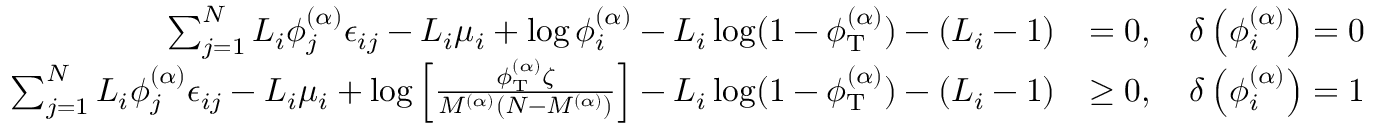
\begin{array} { r l } { \sum _ { j = 1 } ^ { N } L _ { i } \phi _ { j } ^ { ( \alpha ) } \epsilon _ { i j } - L _ { i } \mu _ { i } + \log \phi _ { i } ^ { ( \alpha ) } - L _ { i } \log ( 1 - \phi _ { \mathrm { T } } ^ { ( \alpha ) } ) - ( L _ { i } - 1 ) } & { = 0 , \quad \delta \left( \phi _ { i } ^ { ( \alpha ) } \right) = 0 } \\ { \sum _ { j = 1 } ^ { N } L _ { i } \phi _ { j } ^ { ( \alpha ) } \epsilon _ { i j } - L _ { i } \mu _ { i } + \log \left[ \frac { \phi _ { \mathrm { T } } ^ { ( \alpha ) } \zeta } { M ^ { ( \alpha ) } ( N - M ^ { ( \alpha ) } ) } \right] - L _ { i } \log ( 1 - \phi _ { \mathrm { T } } ^ { ( \alpha ) } ) - ( L _ { i } - 1 ) } & { \ge 0 , \quad \delta \left( \phi _ { i } ^ { ( \alpha ) } \right) = 1 } \end{array}